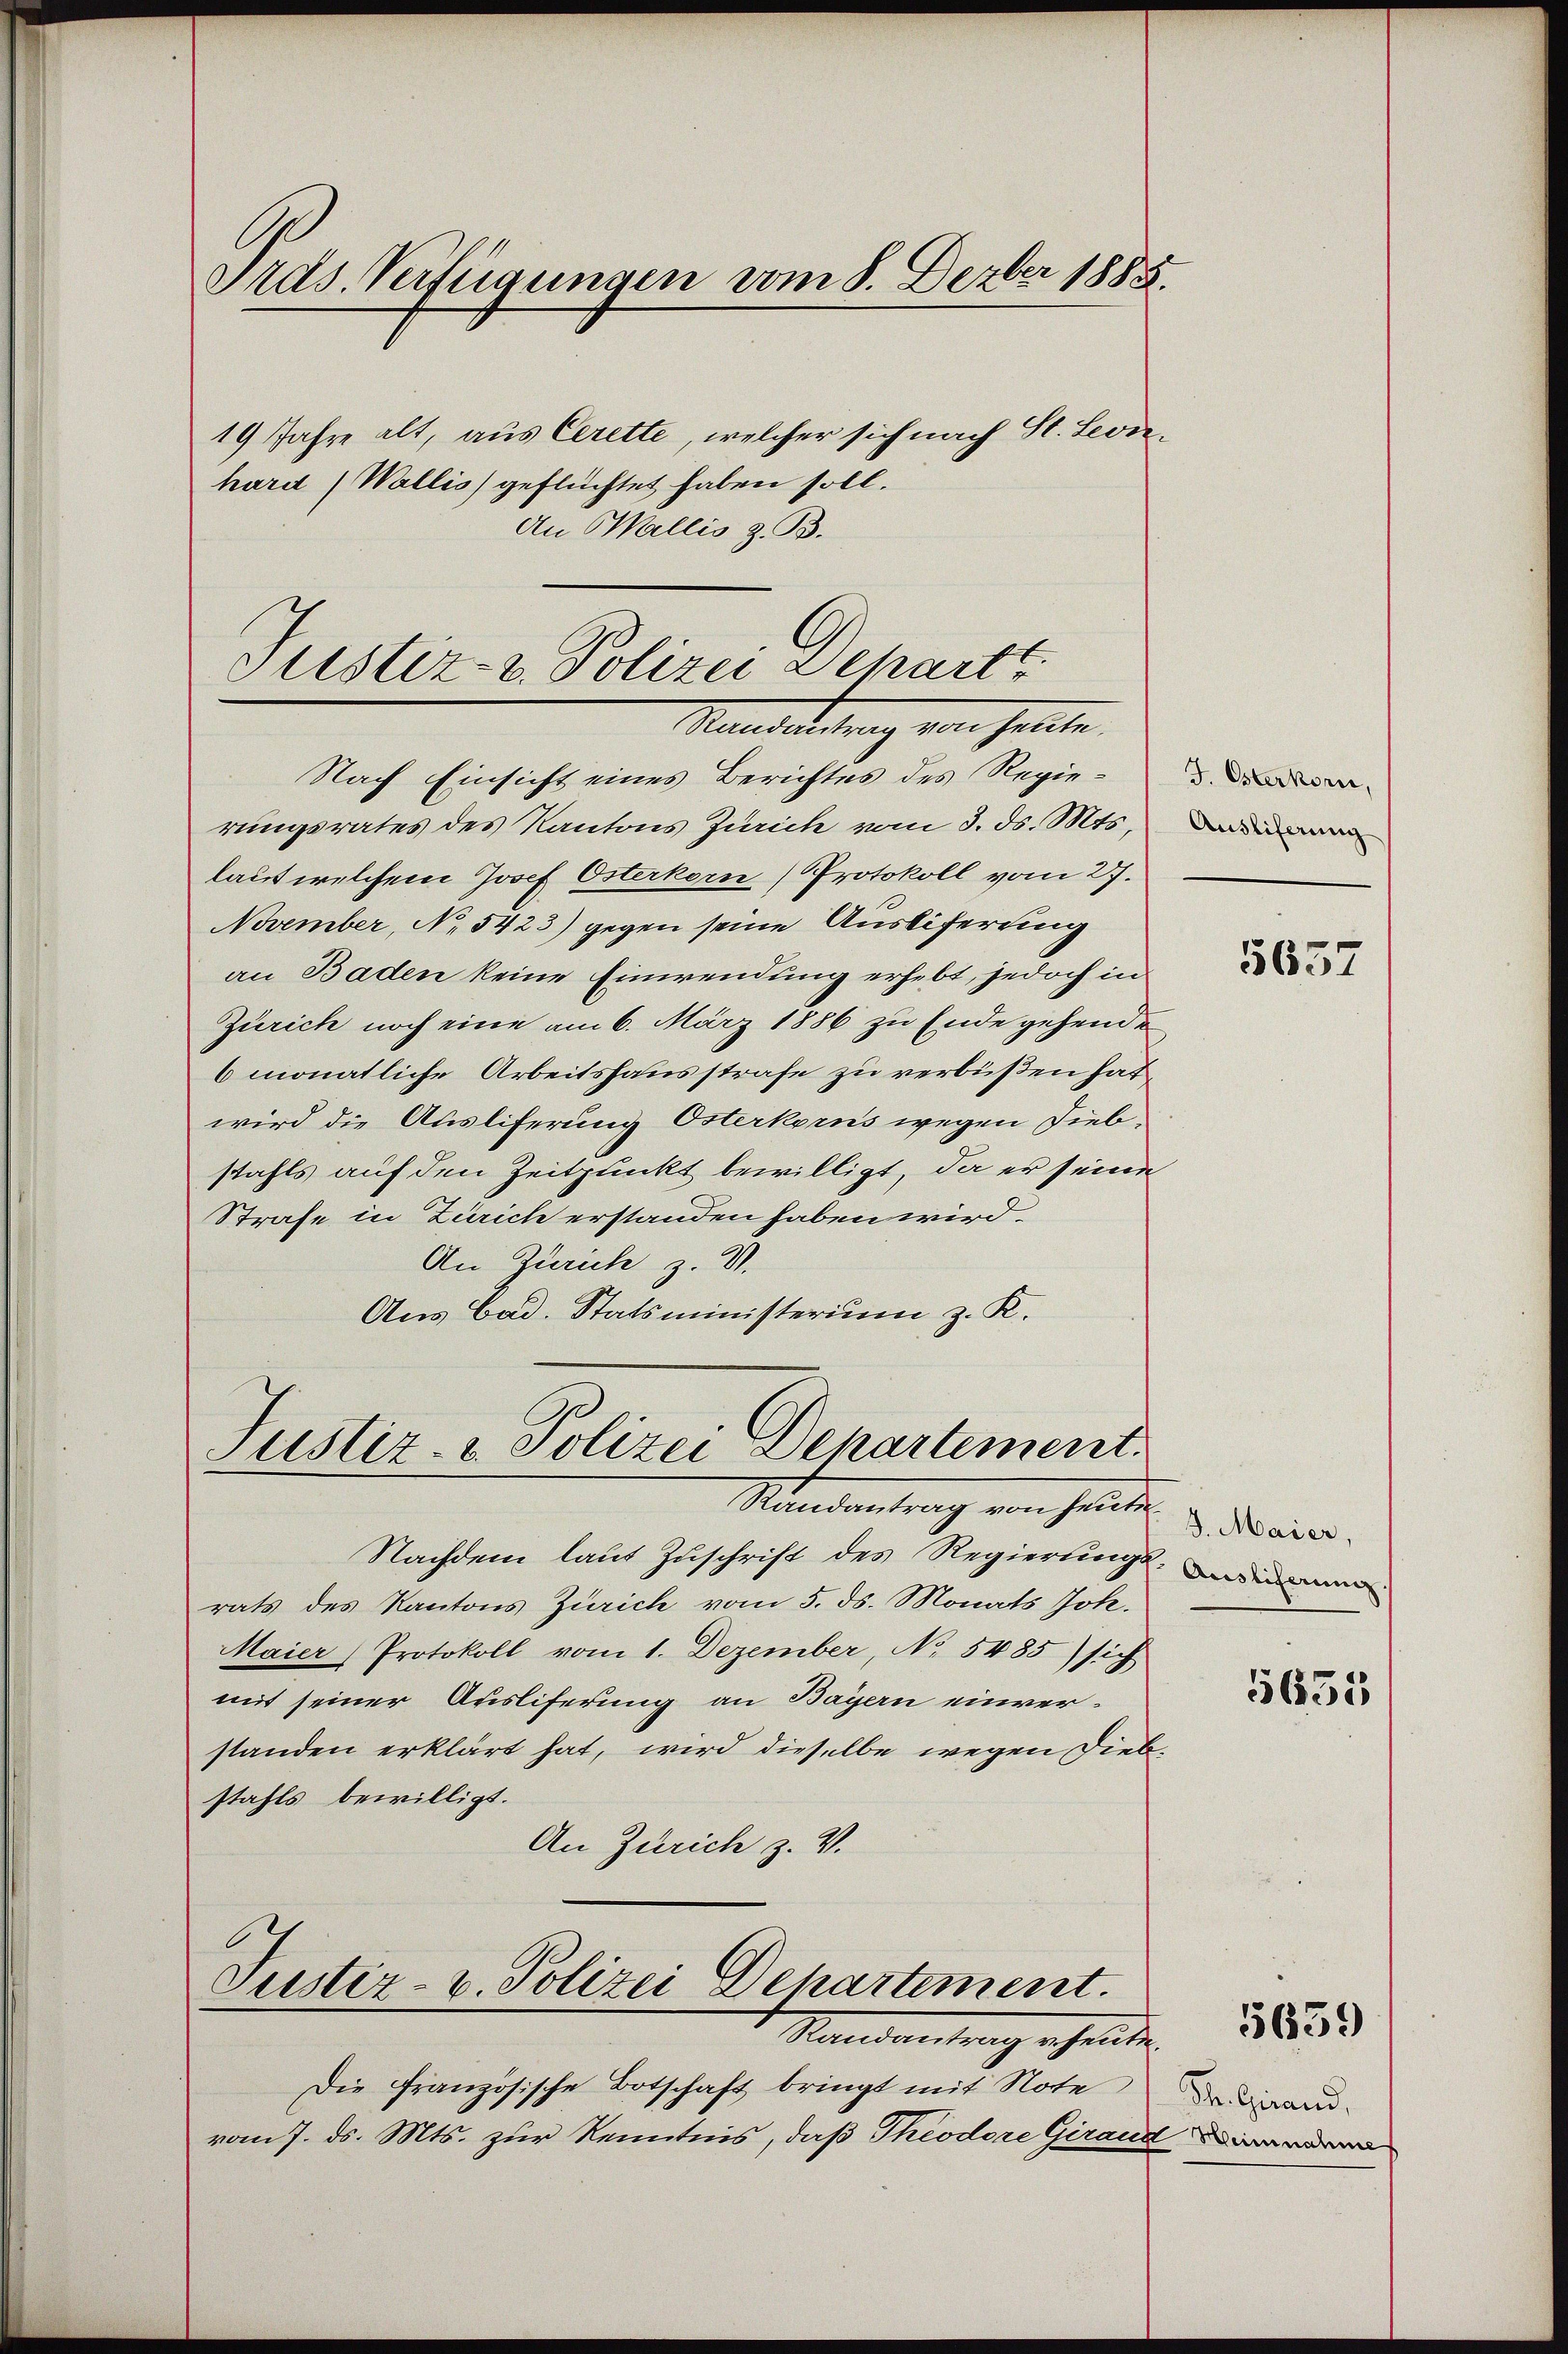
Pras Verfügungen vom 8. Dezber 1888.
19 Jahre alt, aus Cerette, welcher sich nach St. Leonhard (Wallis geflüchtet haben soll.
An Wallis z. B.

Nach Einsicht eines Berichtes des Regierungsrates des Kantons Zürich vom 3. ds. Mts.,
laut welchem Josef Osterkern (Protokoll vom 27.
November, No 5423) gegen seine Ausliferung
an Baden keine Einwendung erhebt, jedoch in
Zürich noch eine am 6. März 1886 zu Ende gehende
6 monatliche Arbeitshausstrafe zu verbüßen hat,
wird die Ausliferung Österkorns wegen Diebstahls auf den Zeitpunkt bewilligt, da er seine
Strafe in Zürich erstanden haben wird.
An Zürich z. V.
Aus Bad. Statsministerium z. K.

Justiz- u. Polizei Depart
Mandedietung von sollte.

Justiz- & Polizei Departement.
Randantrag von heute¬

Nachdem laut Zuschrift des Regierungsrats des Kantons Zürich vom 5. ds. Monats Joh.
Maier Protokoll vom 1. Dezember, No 5485) sich
mit seiner Ausliferung an Bayern einverstanden erklärt hat, wird dieselbe wegen Diebstahls bewilligt.
An Zürich z. V.
Justiz- u. Polizei Departement.
Namentrag ertheiten.
Die Französische Botschaft bringt mit Note
vom 7. ds. Mts. zur Kenntnis, daß Theodore Giraudwarden

5657

J. Maier,
Ausliferung.

5635

5659

Str. Grand,